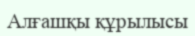
Алғашқы құрылысы